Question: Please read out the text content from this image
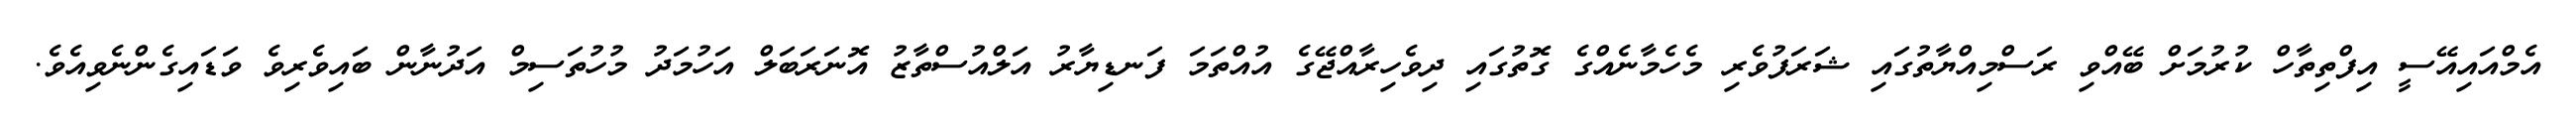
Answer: އެމްއައިއޭސީ އިފްތިތާހް ކުރުމަށް ބޭއްވި ރަސްމިއްޔާތުގައި ޝަރަފުވެރި މެހެމާނެއްގެ ގޮތުގައި ދިވެހިރާއްޖޭގެ އުއްތަމަ ފަނޑިޔާރު އަލްއުސްތާޒު އޮނަރަބަލް އަހުމަދު މުހުތަސިމް އަދުނާން ބައިވެރިވެ ވަޑައިގެންނެވިއެވެ.